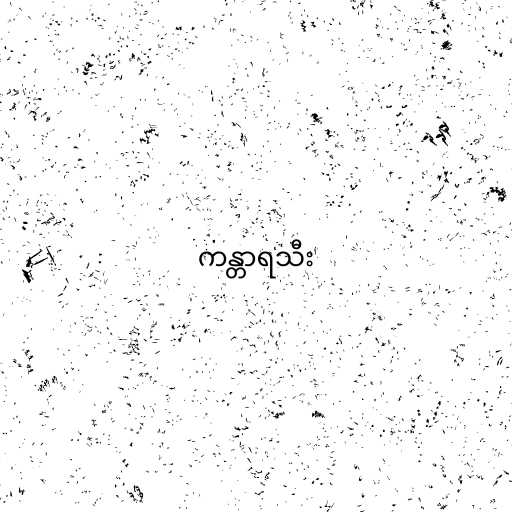
ကန္တာရသီး